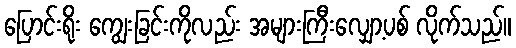
ပြောင်းရိုး ကျွေးခြင်းကိုလည်း အများကြီးလျှော့ပစ် လိုက်သည်။